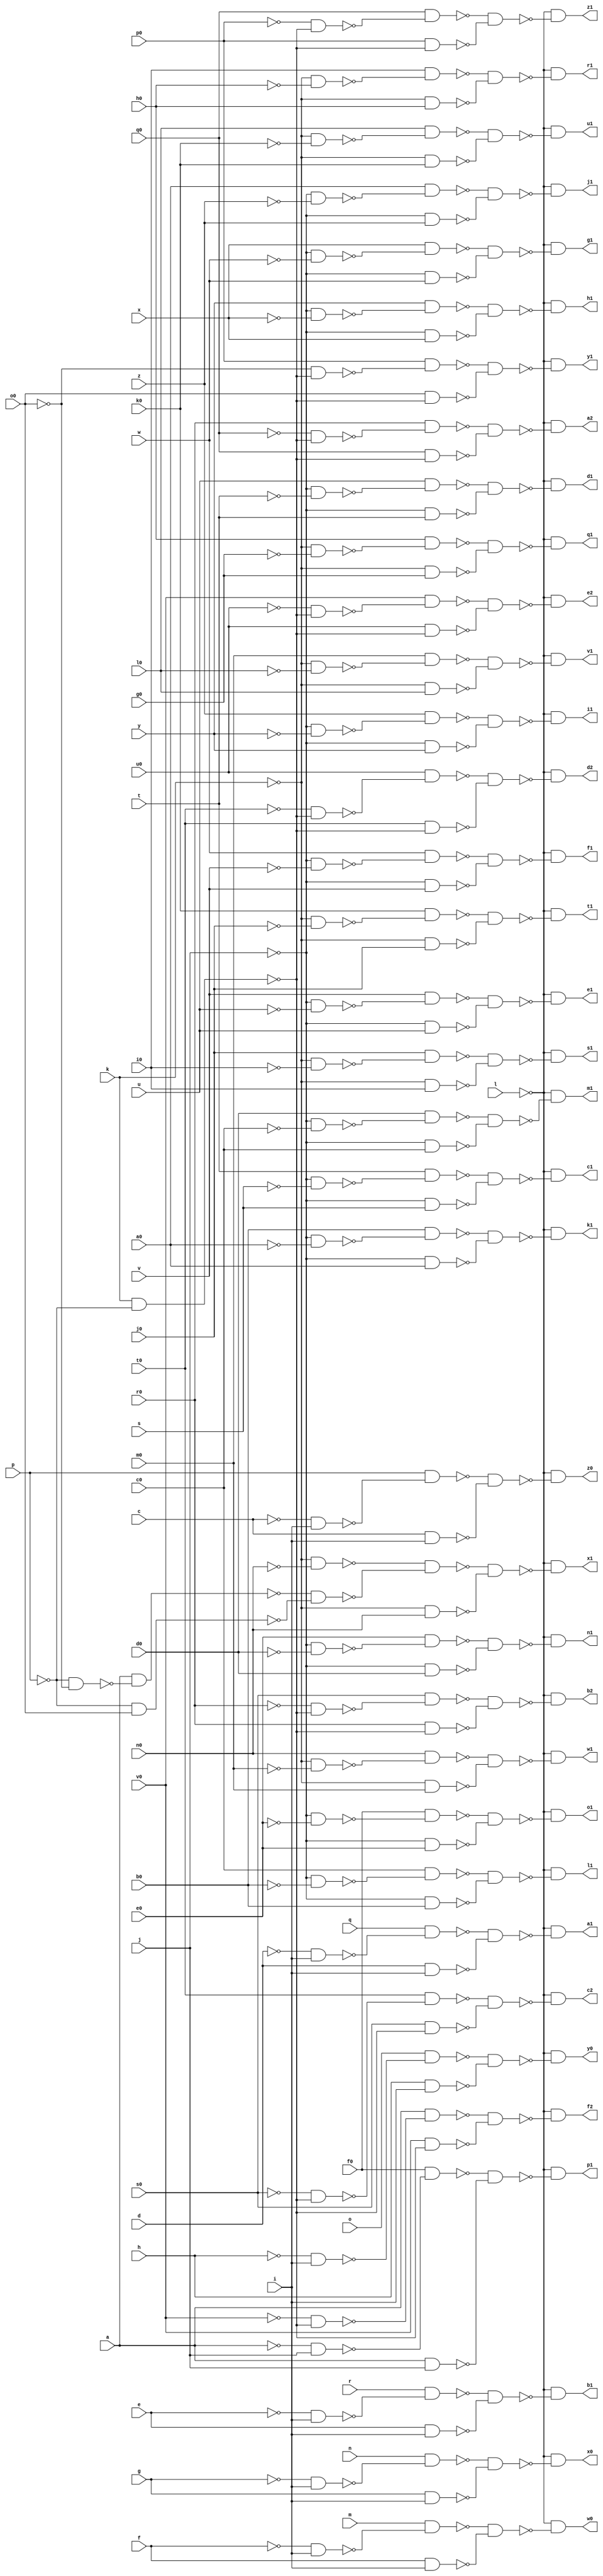
module cht ( 
    a, c, d, e, f, g, h, i, j, k, l, m, n, o, p, q, r, s, t, u, v, w, x, y,
    z, a0, b0, c0, d0, e0, f0, g0, h0, i0, j0, k0, l0, m0, n0, o0, p0, q0,
    r0, s0, t0, u0, v0,
    w0, x0, y0, z0, a1, b1, c1, d1, e1, f1, g1, h1, i1, j1, k1, l1, m1, n1,
    o1, p1, q1, r1, s1, t1, u1, v1, w1, x1, y1, z1, a2, b2, c2, d2, e2, f2  );
  input  a, c, d, e, f, g, h, i, j, k, l, m, n, o, p, q, r, s, t, u, v,
    w, x, y, z, a0, b0, c0, d0, e0, f0, g0, h0, i0, j0, k0, l0, m0, n0, o0,
    p0, q0, r0, s0, t0, u0, v0;
  output w0, x0, y0, z0, a1, b1, c1, d1, e1, f1, g1, h1, i1, j1, k1, l1, m1,
    n1, o1, p1, q1, r1, s1, t1, u1, v1, w1, x1, y1, z1, a2, b2, c2, d2, e2,
    f2;
  wire new_n84_, new_n85_, new_n86_, new_n87_, new_n89_, new_n90_, new_n91_,
    new_n92_, new_n94_, new_n95_, new_n96_, new_n97_, new_n99_, new_n100_,
    new_n101_, new_n102_, new_n104_, new_n105_, new_n106_, new_n107_,
    new_n109_, new_n110_, new_n111_, new_n112_, new_n114_, new_n115_,
    new_n116_, new_n117_, new_n119_, new_n120_, new_n121_, new_n122_,
    new_n124_, new_n125_, new_n126_, new_n127_, new_n129_, new_n130_,
    new_n131_, new_n132_, new_n134_, new_n135_, new_n136_, new_n137_,
    new_n139_, new_n140_, new_n141_, new_n142_, new_n144_, new_n145_,
    new_n146_, new_n147_, new_n149_, new_n150_, new_n151_, new_n152_,
    new_n154_, new_n155_, new_n156_, new_n157_, new_n159_, new_n160_,
    new_n161_, new_n162_, new_n164_, new_n165_, new_n166_, new_n167_,
    new_n169_, new_n170_, new_n171_, new_n172_, new_n174_, new_n175_,
    new_n176_, new_n177_, new_n179_, new_n180_, new_n181_, new_n182_,
    new_n184_, new_n185_, new_n186_, new_n187_, new_n189_, new_n190_,
    new_n191_, new_n192_, new_n194_, new_n195_, new_n196_, new_n197_,
    new_n199_, new_n200_, new_n201_, new_n202_, new_n204_, new_n205_,
    new_n206_, new_n207_, new_n209_, new_n210_, new_n211_, new_n212_,
    new_n214_, new_n215_, new_n216_, new_n217_, new_n219_, new_n220_,
    new_n221_, new_n222_, new_n223_, new_n224_, new_n225_, new_n226_,
    new_n228_, new_n229_, new_n230_, new_n231_, new_n232_, new_n234_,
    new_n235_, new_n236_, new_n237_, new_n239_, new_n240_, new_n241_,
    new_n242_, new_n244_, new_n245_, new_n246_, new_n247_, new_n249_,
    new_n250_, new_n251_, new_n252_, new_n254_, new_n255_, new_n256_,
    new_n257_, new_n259_, new_n260_, new_n261_, new_n262_, new_n264_,
    new_n265_, new_n266_, new_n267_;
  assign new_n84_ = ~f & i;
  assign new_n85_ = m & ~new_n84_;
  assign new_n86_ = f & i;
  assign new_n87_ = ~new_n85_ & ~new_n86_;
  assign w0 = ~l & ~new_n87_;
  assign new_n89_ = ~g & i;
  assign new_n90_ = n & ~new_n89_;
  assign new_n91_ = g & i;
  assign new_n92_ = ~new_n90_ & ~new_n91_;
  assign x0 = ~l & ~new_n92_;
  assign new_n94_ = ~h & i;
  assign new_n95_ = o & ~new_n94_;
  assign new_n96_ = h & i;
  assign new_n97_ = ~new_n95_ & ~new_n96_;
  assign y0 = ~l & ~new_n97_;
  assign new_n99_ = ~c & i;
  assign new_n100_ = p & ~new_n99_;
  assign new_n101_ = c & i;
  assign new_n102_ = ~new_n100_ & ~new_n101_;
  assign z0 = ~l & ~new_n102_;
  assign new_n104_ = ~d & i;
  assign new_n105_ = q & ~new_n104_;
  assign new_n106_ = d & i;
  assign new_n107_ = ~new_n105_ & ~new_n106_;
  assign a1 = ~l & ~new_n107_;
  assign new_n109_ = ~e & i;
  assign new_n110_ = r & ~new_n109_;
  assign new_n111_ = e & i;
  assign new_n112_ = ~new_n110_ & ~new_n111_;
  assign b1 = ~l & ~new_n112_;
  assign new_n114_ = ~j & ~s;
  assign new_n115_ = t & ~new_n114_;
  assign new_n116_ = ~j & s;
  assign new_n117_ = ~new_n115_ & ~new_n116_;
  assign c1 = ~l & ~new_n117_;
  assign new_n119_ = ~j & ~t;
  assign new_n120_ = u & ~new_n119_;
  assign new_n121_ = ~j & t;
  assign new_n122_ = ~new_n120_ & ~new_n121_;
  assign d1 = ~l & ~new_n122_;
  assign new_n124_ = ~j & ~u;
  assign new_n125_ = v & ~new_n124_;
  assign new_n126_ = ~j & u;
  assign new_n127_ = ~new_n125_ & ~new_n126_;
  assign e1 = ~l & ~new_n127_;
  assign new_n129_ = ~j & ~v;
  assign new_n130_ = w & ~new_n129_;
  assign new_n131_ = ~j & v;
  assign new_n132_ = ~new_n130_ & ~new_n131_;
  assign f1 = ~l & ~new_n132_;
  assign new_n134_ = ~j & ~w;
  assign new_n135_ = x & ~new_n134_;
  assign new_n136_ = ~j & w;
  assign new_n137_ = ~new_n135_ & ~new_n136_;
  assign g1 = ~l & ~new_n137_;
  assign new_n139_ = ~j & ~x;
  assign new_n140_ = y & ~new_n139_;
  assign new_n141_ = ~j & x;
  assign new_n142_ = ~new_n140_ & ~new_n141_;
  assign h1 = ~l & ~new_n142_;
  assign new_n144_ = ~j & ~y;
  assign new_n145_ = z & ~new_n144_;
  assign new_n146_ = ~j & y;
  assign new_n147_ = ~new_n145_ & ~new_n146_;
  assign i1 = ~l & ~new_n147_;
  assign new_n149_ = ~j & ~z;
  assign new_n150_ = a0 & ~new_n149_;
  assign new_n151_ = ~j & z;
  assign new_n152_ = ~new_n150_ & ~new_n151_;
  assign j1 = ~l & ~new_n152_;
  assign new_n154_ = ~j & ~a0;
  assign new_n155_ = b0 & ~new_n154_;
  assign new_n156_ = ~j & a0;
  assign new_n157_ = ~new_n155_ & ~new_n156_;
  assign k1 = ~l & ~new_n157_;
  assign new_n159_ = ~j & ~b0;
  assign new_n160_ = c0 & ~new_n159_;
  assign new_n161_ = ~j & b0;
  assign new_n162_ = ~new_n160_ & ~new_n161_;
  assign l1 = ~l & ~new_n162_;
  assign new_n164_ = ~j & ~c0;
  assign new_n165_ = d0 & ~new_n164_;
  assign new_n166_ = ~j & c0;
  assign new_n167_ = ~new_n165_ & ~new_n166_;
  assign m1 = ~l & ~new_n167_;
  assign new_n169_ = ~j & ~d0;
  assign new_n170_ = e0 & ~new_n169_;
  assign new_n171_ = ~j & d0;
  assign new_n172_ = ~new_n170_ & ~new_n171_;
  assign n1 = ~l & ~new_n172_;
  assign new_n174_ = ~j & ~e0;
  assign new_n175_ = f0 & ~new_n174_;
  assign new_n176_ = ~j & e0;
  assign new_n177_ = ~new_n175_ & ~new_n176_;
  assign o1 = ~l & ~new_n177_;
  assign new_n179_ = ~a & j;
  assign new_n180_ = f0 & ~new_n179_;
  assign new_n181_ = a & j;
  assign new_n182_ = ~new_n180_ & ~new_n181_;
  assign p1 = ~l & ~new_n182_;
  assign new_n184_ = ~k & ~g0;
  assign new_n185_ = h0 & ~new_n184_;
  assign new_n186_ = ~k & g0;
  assign new_n187_ = ~new_n185_ & ~new_n186_;
  assign q1 = ~l & ~new_n187_;
  assign new_n189_ = ~k & ~h0;
  assign new_n190_ = i0 & ~new_n189_;
  assign new_n191_ = ~k & h0;
  assign new_n192_ = ~new_n190_ & ~new_n191_;
  assign r1 = ~l & ~new_n192_;
  assign new_n194_ = ~k & ~i0;
  assign new_n195_ = j0 & ~new_n194_;
  assign new_n196_ = ~k & i0;
  assign new_n197_ = ~new_n195_ & ~new_n196_;
  assign s1 = ~l & ~new_n197_;
  assign new_n199_ = ~k & ~j0;
  assign new_n200_ = k0 & ~new_n199_;
  assign new_n201_ = ~k & j0;
  assign new_n202_ = ~new_n200_ & ~new_n201_;
  assign t1 = ~l & ~new_n202_;
  assign new_n204_ = ~k & ~k0;
  assign new_n205_ = l0 & ~new_n204_;
  assign new_n206_ = ~k & k0;
  assign new_n207_ = ~new_n205_ & ~new_n206_;
  assign u1 = ~l & ~new_n207_;
  assign new_n209_ = ~k & ~l0;
  assign new_n210_ = m0 & ~new_n209_;
  assign new_n211_ = ~k & l0;
  assign new_n212_ = ~new_n210_ & ~new_n211_;
  assign v1 = ~l & ~new_n212_;
  assign new_n214_ = ~k & ~m0;
  assign new_n215_ = n0 & ~new_n214_;
  assign new_n216_ = ~k & m0;
  assign new_n217_ = ~new_n215_ & ~new_n216_;
  assign w1 = ~l & ~new_n217_;
  assign new_n219_ = ~k & ~n0;
  assign new_n220_ = ~p & ~o0;
  assign new_n221_ = a & ~new_n220_;
  assign new_n222_ = ~p & o0;
  assign new_n223_ = ~new_n221_ & ~new_n222_;
  assign new_n224_ = ~new_n219_ & ~new_n223_;
  assign new_n225_ = ~k & n0;
  assign new_n226_ = ~new_n224_ & ~new_n225_;
  assign x1 = ~l & ~new_n226_;
  assign new_n228_ = k & ~p;
  assign new_n229_ = ~o0 & ~new_n228_;
  assign new_n230_ = p0 & ~new_n229_;
  assign new_n231_ = o0 & ~new_n228_;
  assign new_n232_ = ~new_n230_ & ~new_n231_;
  assign y1 = ~l & ~new_n232_;
  assign new_n234_ = ~p0 & ~new_n228_;
  assign new_n235_ = q0 & ~new_n234_;
  assign new_n236_ = p0 & ~new_n228_;
  assign new_n237_ = ~new_n235_ & ~new_n236_;
  assign z1 = ~l & ~new_n237_;
  assign new_n239_ = ~q0 & ~new_n228_;
  assign new_n240_ = r0 & ~new_n239_;
  assign new_n241_ = q0 & ~new_n228_;
  assign new_n242_ = ~new_n240_ & ~new_n241_;
  assign a2 = ~l & ~new_n242_;
  assign new_n244_ = ~r0 & ~new_n228_;
  assign new_n245_ = s0 & ~new_n244_;
  assign new_n246_ = r0 & ~new_n228_;
  assign new_n247_ = ~new_n245_ & ~new_n246_;
  assign b2 = ~l & ~new_n247_;
  assign new_n249_ = ~s0 & ~new_n228_;
  assign new_n250_ = t0 & ~new_n249_;
  assign new_n251_ = s0 & ~new_n228_;
  assign new_n252_ = ~new_n250_ & ~new_n251_;
  assign c2 = ~l & ~new_n252_;
  assign new_n254_ = ~t0 & ~new_n228_;
  assign new_n255_ = u0 & ~new_n254_;
  assign new_n256_ = t0 & ~new_n228_;
  assign new_n257_ = ~new_n255_ & ~new_n256_;
  assign d2 = ~l & ~new_n257_;
  assign new_n259_ = ~u0 & ~new_n228_;
  assign new_n260_ = v0 & ~new_n259_;
  assign new_n261_ = u0 & ~new_n228_;
  assign new_n262_ = ~new_n260_ & ~new_n261_;
  assign e2 = ~l & ~new_n262_;
  assign new_n264_ = ~v0 & ~new_n228_;
  assign new_n265_ = a & ~new_n264_;
  assign new_n266_ = v0 & ~new_n228_;
  assign new_n267_ = ~new_n265_ & ~new_n266_;
  assign f2 = ~l & ~new_n267_;
endmodule